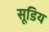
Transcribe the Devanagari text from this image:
सूडिय